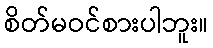
စိတ်မဝင်စားပါဘူး။